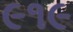
૯૧૯